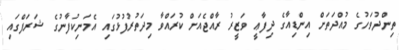
ތިންދުވަހުގެ މުއްދަތަށް އިންޑިއާގެ ދިފާޢީ ވަޒީރު ރާއްޖެއަށް ކުރައްވާ މިދަތުރުފުޅުގައި އެމަނިކުފާނުގެ ޝަރަފްގައި